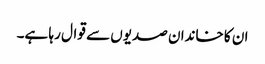
ان کا خاندان صدیوں سے قوال رہا ہے۔